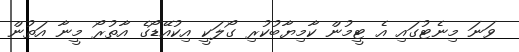
ވަނަ މިނެޓުގައި އެ ޓީމުން ކާމިޔާބުކުރި ގޯލަކީ އިކުއޭޑޯގެ އާތުރޯ މީނާ އަތުން